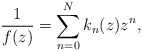
\begin{align*}\frac1{f(z)}=\sum_{n=0}^Nk_n(z)z^n,\end{align*}